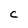
Character: C